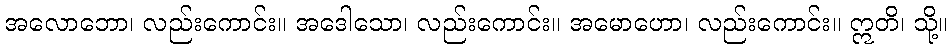
အလောဘော၊ လည်းကောင်း။ အဒေါသော၊ လည်းကောင်း။ အမောဟော၊ လည်းကောင်း။ ဣတိ၊ သို့။